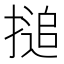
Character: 搥